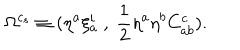
\Omega ^ { c _ { s } } \equiv ( \eta ^ { a } \xi _ { a } ^ { i } ~ , ~ { \frac { 1 } { 2 } } \eta ^ { a } \eta ^ { b } C _ { a b } ^ { c } ) .